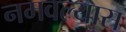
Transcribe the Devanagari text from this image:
नमवल्यास